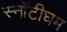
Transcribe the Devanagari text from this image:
स्नॉटीघम